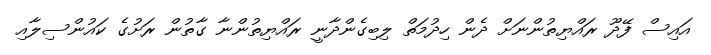
އައިސް ފޭދޫ ރައްޔިތުންނަށް ދެން ހިދުމަތް ލިބިގެންދާނީ ރައްޔިތުންނާ ގާތުން ރަށުގެ ކައުންސިލާއި